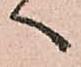
へ